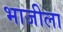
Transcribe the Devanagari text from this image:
भाजीला